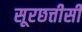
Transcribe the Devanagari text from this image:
सूरछत्तीसी